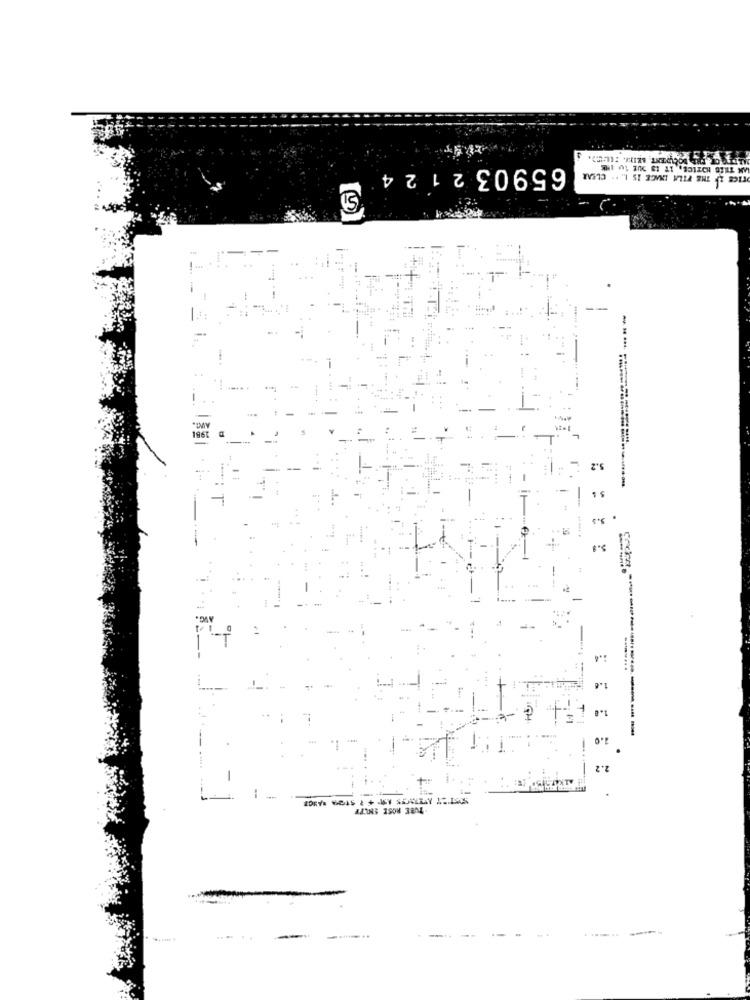
65903 2 1 24
TICE IH THE FILA DUCE IS L. .. CLEAR
--
---
1981
5.2
5.8
-
AVC.
2.4
1.6
1.8
2.0
---------------
2.2
SSTST AVTROTS ATT 4 ; ST29 RANGE
TUBE ROSE SNUFF
......